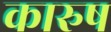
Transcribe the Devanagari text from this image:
कारुष